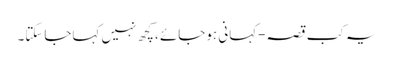
یہ کب قصہ-کہانی ہوجائے ،کچھ نہیں کہاجاسکتا۔